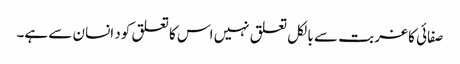
صفائی کا غربت سے بالکل تعلق نہیں اس کا تعلق کود انسان سے ہے۔